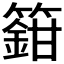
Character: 𬕸